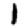
Digit: 1